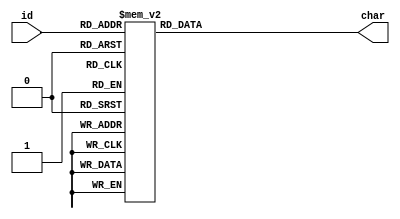
`timescale 1ns / 1ps
//////////////////////////////////////////////////////////////////////////////////
// Company: 
// Engineer: 
// 
// Design Name: 
// Module Name:    ascii_lut 
// Project Name: 
// Target Devices: 
// Tool versions: 
// Description: 
//
// Dependencies: 
//
// Revision: 
// Revision 0.01 - File Created
// Additional Comments: 
//
//////////////////////////////////////////////////////////////////////////////////
module ascii_lut(
    input [5:0] id,
    output reg [7:0] char
    );
    
    always@(*) begin
        char = 8'h00;
        case (id)
            6'd00: char = " ";
            6'd01: char = ".";
            6'd02: char = "`";
            6'd03: char = "-";
            6'd04: char = ",";
            6'd05: char = ":";
            6'd06: char = ";";
            6'd07: char = "~";
            6'd08: char = "+";
            6'd09: char = "/";
            6'd10: char = "=";
            6'd11: char = ">";
            6'd12: char = "|";
            6'd13: char = "(";
            6'd14: char = ")";
            6'd15: char = "\\\\";
            6'd16: char = "i";
            6'd17: char = "%";
            6'd18: char = "{";
            6'd19: char = "*";
            6'd20: char = "s";
            6'd21: char = "v";
            6'd22: char = "7";
            6'd23: char = "a";
            6'd24: char = "e";
            6'd25: char = "C";
            6'd26: char = "J";
            6'd27: char = "L";
            6'd28: char = "T";
            6'd29: char = "Y";
            6'd30: char = "w";
            6'd31: char = "F";
            6'd32: char = "9";
            6'd33: char = "V";
            6'd34: char = "G";
            6'd35: char = "X";
            6'd36: char = "A";
            6'd37: char = "E";
            6'd38: char = "$";
            6'd39: char = "&";
            6'd40: char = "#";
            6'd41: char = "@";
            6'd42: char = "R";
            6'd43: char = "W";
            6'd44: char = "0";
            6'd45: char = "N";
            6'd46: char = "M";
            6'd47: char = "Q";
        endcase
    end
    
endmodule